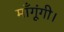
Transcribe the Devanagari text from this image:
माँगूंगी।